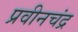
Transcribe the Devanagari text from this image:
प्रवीनचंद्र